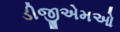
ડીજીએમઓ